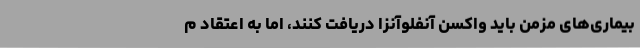
بیماری‌های مزمن باید واکسن آنفلوآنزا دریافت کنند، اما به اعتقاد م